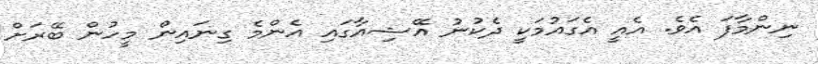
ނިންމާފަ އެވެ. އެއީ އެގައުމަކީ ދެކުނު އޭޝިއާގައި އެންމެ ގިނައިން މީހުން ބޭރަށް